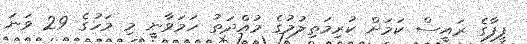
ފީފާގެ ރައީސް ކަމަށް ކުރިމަތިލުމުގެ މުއްދަތު ހަަމަވާނީ މި މަހުގެ 29 ވަނަ